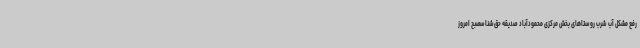
رفع مشکل آب شرب روستاهای بخش مرکزی محمودآباد صدیقه حق‌شناسصبح امروز